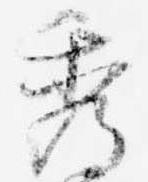
秀